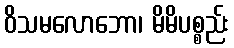
ဝိသမလောဘော၊ မိမိပစ္စည်း